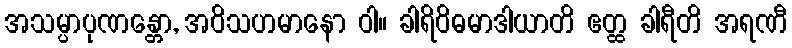
အသမ္ပာပုဏန္တော, အဝိသဟမာနော ဝါ။ ခါရိဝိဓမာဒါယာတိ ဧတ္ထ ခါရီတိ အရဏီ